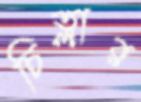
চিত্লার